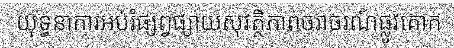
យុទ្ធនាការអប់រំផ្សព្វផ្សាយសុវត្ថិភាពចរាចរណ៍ផ្លូវគោក